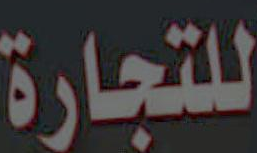
للتجارة